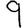
Digit: 9